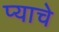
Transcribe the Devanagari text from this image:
प्याचे